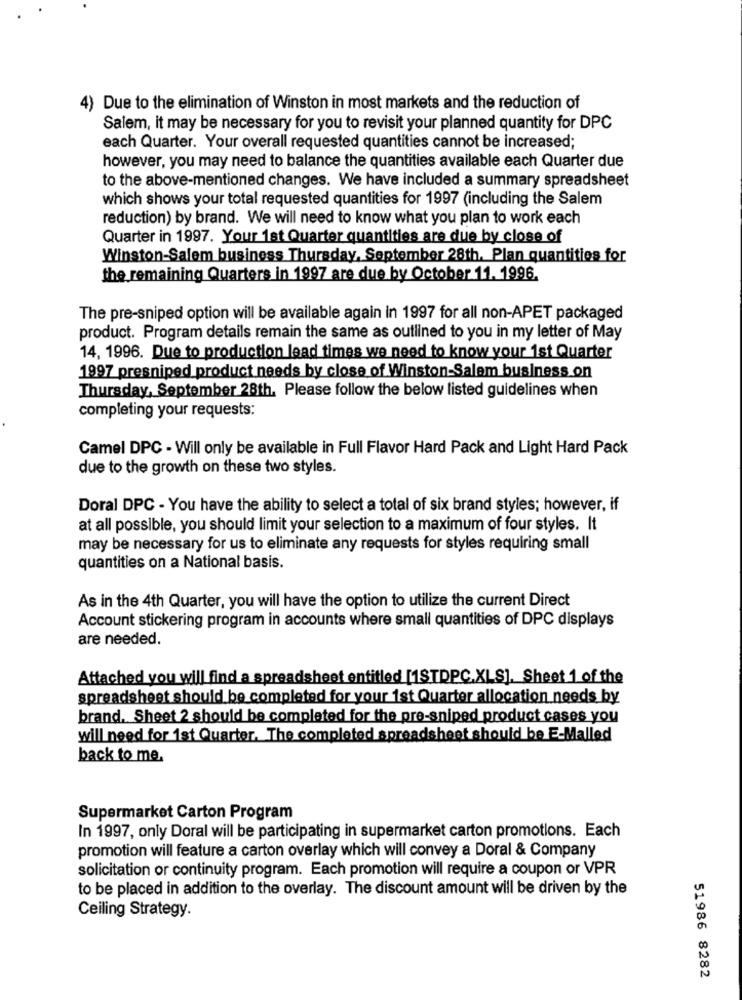
4) Due to the elimination of Winston in most markets and the reduction of
Salem, it may be necessary for you to revisit your planned quantity for DPC
each Quarter. Your overall requested quantities cannot be increased;
however, you may need to balance the quantities available each Quarter due
to the above-mentioned changes. We have included a summary spreadsheet
which shows your total requested quantities for 1997 (including the Salem
reduction) by brand. We will need to know what you plan to work each
Quarter in 1997. Your 1st Quarter quantities are due by close of
Winston-Salem business Thursday, September 28th. Plan quantities for
the remaining Quarters in 1997 are due by October 11. 1996.
The pre-sniped option will be available again in 1997 for all non-APET packaged
product. Program details remain the same as outlined to you in my letter of May
14, 1996. Due to production lead times we need to know your 1st Quarter
1997 presniped product needs by close of Winston-Salem business on
Thursday, September 28th. Please follow the below listed guidelines when
completing your requests:
Camel DPC - Will only be available in Full Flavor Hard Pack and Light Hard Pack
due to the growth on these two styles.
Doral DPC - You have the ability to select a total of six brand styles; however, if
at all possible, you should limit your selection to a maximum of four styles. It
may be necessary for us to eliminate any requests for styles requiring small
quantities on a National basis.
As in the 4th Quarter, you will have the option to utilize the current Direct
Account stickering program in accounts where small quantities of DPC displays
are needed.
Attached you will find a spreadsheet entitled [1STDPC.XLS], Sheet 1 of the
spreadsheet should be completed for your 1st Quarter allocation needs by
brand. Sheet 2 should be completed for the pre-sniped product cases you
will need for 1st Quarter. The completed spreadsheet should be E-Malled
back to me.
Supermarket Carton Program
In 1997, only Doral will be participating in supermarket carton promotions. Each
promotion will feature a carton overlay which will convey a Doral & Company
solicitation or continuity program. Each promotion will require a coupon or VPR
to be placed in addition to the overlay. The discount amount will be driven by the
Ceiling Strategy.
51986 8282